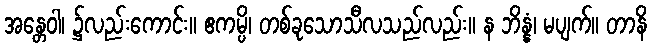
အန္တေဝါ၊ ၌လည်းကောင်း။ ဧကမ္ပိ၊ တစ်ခုသောသီလသည်လည်း။ န ဘိန္နံ၊ မပျက်။ တာနိ